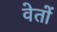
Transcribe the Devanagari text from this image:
वेतों